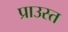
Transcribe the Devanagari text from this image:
प्राउस्त